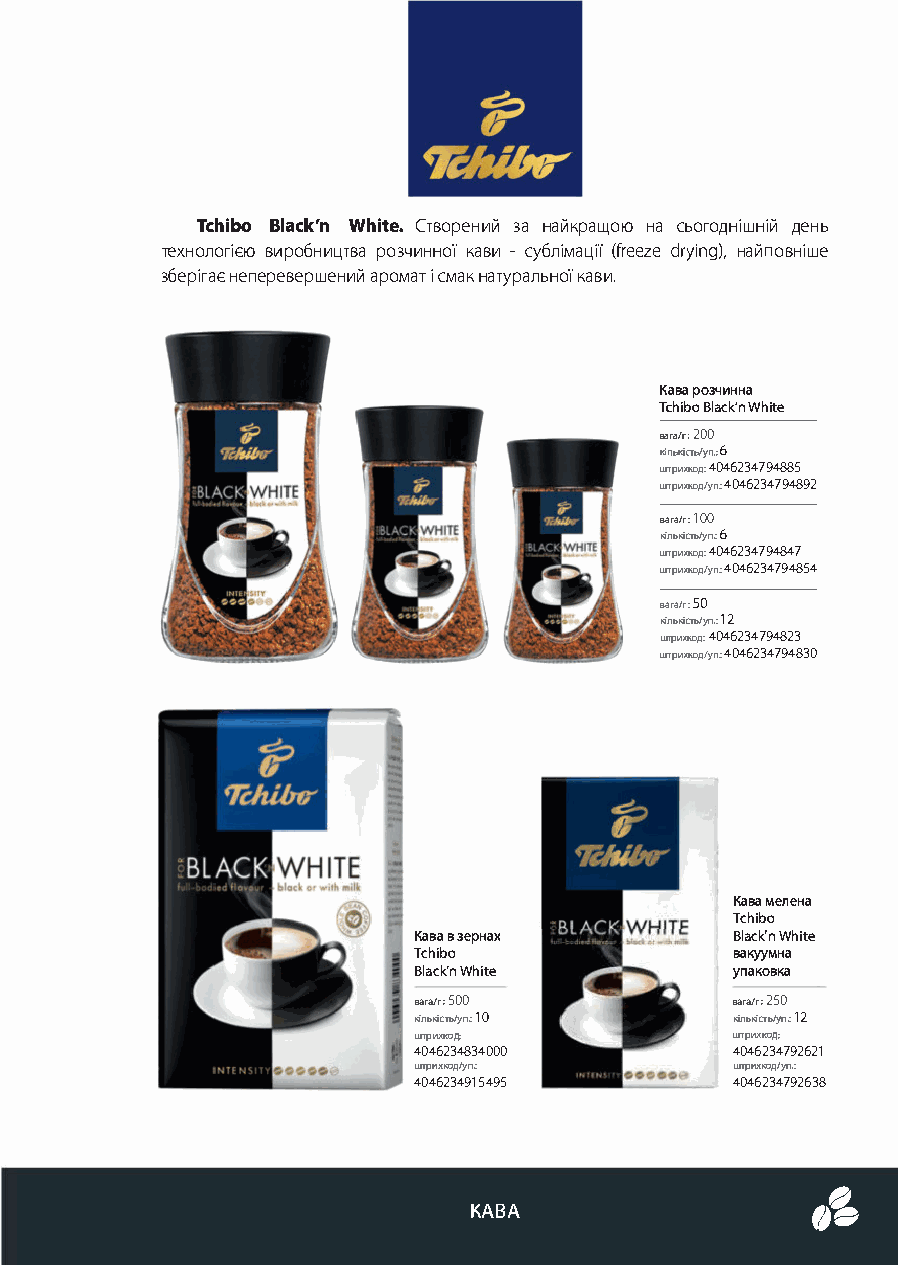
Tchibo Black'n White. Створений за найкращою на сьогоднішній день
 технологією виробництва розчинної кави - сублімації (freeze drying), найповніше
 зберігає неперевершений аромат і смак натуральної кави.
 Кава розчинна
 Tchibo Black'n White
 вага/г, 200
 кількість/уп.: б
 ш,рихкод: 4046234 794885
 ш,рихкод/уп.:4046234794892
 вага/г: l ОО
 кількість/уп.: б
 ш,рихкод: 4046234 79484 7
 ш,рихкод/уп.:4046234794854
 вага/г: 50
 кількість/уп.: 12
 ш,рихкод: 4046234 794823
 ш,рихкод/уп.:4046234794830
 Кава мелена
 Tchibo
 Кава в зернах         Black'n White
 Tchibo                вакуумна
 Black'n White         упаковка
 вага/г: 500           вага/г: 250
 кількість/уп.: 1 О    кількість/уп.: 12
 штрихк од:            штрихкод:
 4046234834000         4046234792621
 штрихкод/уп.:         штрихкод/уп.:
 4046234915495         4046234792638
 КАВА
 ,�